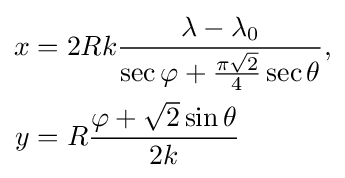
{\begin{aligned}x&=2Rk{\frac {\lambda -\lambda _{0}}{\sec \varphi +{\frac {\pi {\sqrt {2}}}{4}}\sec \theta }},\\y&=R{\frac {\varphi +{\sqrt {2}}\sin \theta }{2k}}\end{aligned}}